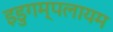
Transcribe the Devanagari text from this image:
इडुगम्पलायम